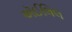
ઍઈલિલ